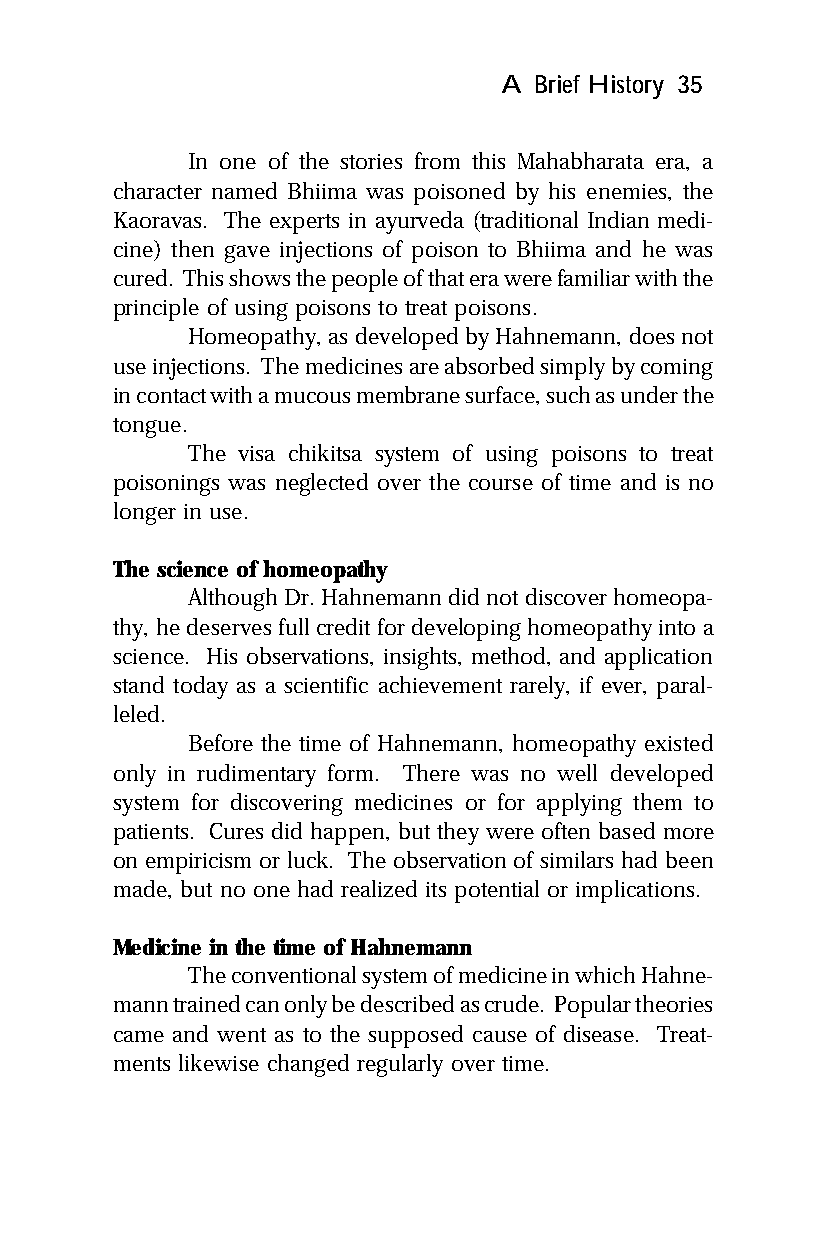
A Brief History 35
 In one of the stories from this Mahabharata era, a
 character named Bhiima was poisoned by his enemies, the
 Kaoravas. The experts in ayurveda (traditional Indian medi-
 cine) then gave injections of poison to Bhiima and he was
 cured. This shows the people of that era were familiar with the
 principle of using poisons to treat poisons.
 Homeopathy, as developed by Hahnemann, does not
 use injections. The medicines are absorbed simply by coming
 in contact with a mucous membrane surface, such as under the
 tongue.
 The visa chikitsa system of using poisons to treat
 poisonings was neglected over the course of time and is no
 longer in use.
 The science of homeopathy
 Although Dr. Hahnemann did not discover homeopa-
 thy, he deserves full credit for developing homeopathy into a
 science. His observations, insights, method, and application
 stand today as a scientific achievement rarely, if ever, paral-
 leled.
 Before the time of Hahnemann, homeopathy existed
 only in rudimentary form. There was no well developed
 system for discovering medicines or for applying them to
 patients. Cures did happen, but they were often based more
 on empiricism or luck. The observation of similars had been
 made, but no one had realized its potential or implications.
 Medicine in the time of Hahnemann
 The conventional system of medicine in which Hahne-
 mann trained can only be described as crude. Popular theories
 came and went as to the supposed cause of disease. Treat-
 ments likewise changed regularly over time.